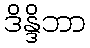
ဒိန္ဒိဘာ